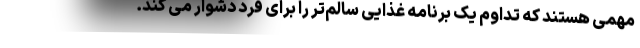
مهمی هستند که تداوم یک برنامه غذایی سالم‌تر را برای فرد دشوار می کند.